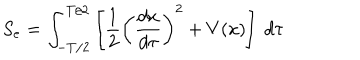
LaTeX: S _ { e } = \int _ { - T / 2 } ^ { T / 2 } \left[ { \frac { 1 } { 2 } } \left( { \frac { d x } { d \tau } } \right) ^ { 2 } + V ( x ) \right] \ d \tau